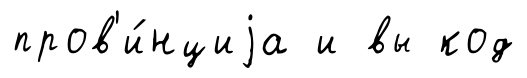
пров'и́нциjа и вы код